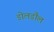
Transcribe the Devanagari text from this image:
डोलडौल